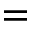
=